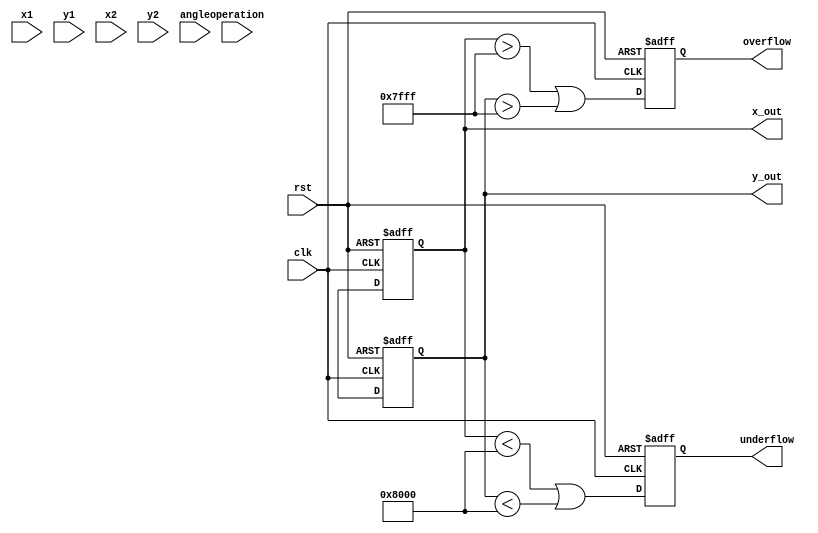
module complex_cordic (
    input clk,
    input rst,
    input [15:0] x1,        // Real part of first complex number
    input [15:0] y1,        // Imaginary part of first complex number
    input [15:0] x2,        // Real part of second complex number
    input [15:0] y2,        // Imaginary part of second complex number
    input [3:0] operation,  // Operation control (0: multiply, 1: divide, 2: sqrt)
    input [15:0] angle,     // Angle for rotation
    output reg [15:0] x_out, // Real part of output
    output reg [15:0] y_out, // Imaginary part of output
    output reg overflow,     // Overflow flag
    output reg underflow     // Underflow flag
);

    // CORDIC parameters
    parameter NUM_ITERATIONS = 16; // Number of CORDIC iterations
    reg [15:0] atan_table [0:NUM_ITERATIONS-1]; // Lookup table for arctangent values
    reg [15:0] x [0:NUM_ITERATIONS-1]; // X values for each iteration
    reg [15:0] y [0:NUM_ITERATIONS-1]; // Y values for each iteration
    reg [15:0] z [0:NUM_ITERATIONS-1]; // Angle values for each iteration
    integer i;

    // Initialize arctangent values in the lookup table
    initial begin
        atan_table[0] = 16'h26DD; // atan(2^-0) in fixed-point
        atan_table[1] = 16'h1C71; // atan(2^-1)
        atan_table[2] = 16'h14AE; // atan(2^-2)
        atan_table[3] = 16'h0F32; // atan(2^-3)
        // Add more values as needed for more iterations
    end

    // CORDIC operation
    always @(posedge clk or posedge rst) begin
        if (rst) begin
            x_out <= 0;
            y_out <= 0;
            overflow <= 0;
            underflow <= 0;
        end else begin
            // Initialize x and y for multiplication
            x[0] <= x1;
            y[0] <= y1;
            z[0] <= angle;

            // Perform CORDIC iterations
            for (i = 0; i < NUM_ITERATIONS; i = i + 1) begin
                if (z[i] < 0) begin
                    x[i + 1] <= x[i] + (y[i] >> i);
                    y[i + 1] <= y[i] - (x[i] >> i);
                    z[i + 1] <= z[i] + atan_table[i];
                end else begin
                    x[i + 1] <= x[i] - (y[i] >> i);
                    y[i + 1] <= y[i] + (x[i] >> i);
                    z[i + 1] <= z[i] - atan_table[i];
                end
            end

            // Final output
            x_out <= x[NUM_ITERATIONS];
            y_out <= y[NUM_ITERATIONS];
            // Check for overflow/underflow (basic checks)
            overflow <= (x_out > 16'h7FFF || y_out > 16'h7FFF);
            underflow <= (x_out < 16'h8000 || y_out < 16'h8000);
        end
    end

endmodule